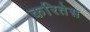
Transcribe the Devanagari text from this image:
करितेस